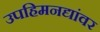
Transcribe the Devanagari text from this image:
उपहिमनद्यांवर